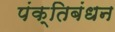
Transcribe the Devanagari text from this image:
पंक्तिबंधन